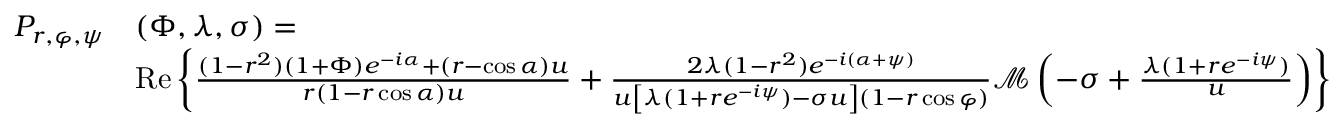
\begin{array} { r l } { P _ { r , \varphi , \psi } } & { ( \Phi , \lambda , \sigma ) = } \\ & { \mathrm { R e } \left\{ \frac { ( 1 - r ^ { 2 } ) ( 1 + \Phi ) e ^ { - i \alpha } + ( r - \cos \alpha ) u } { r ( 1 - r \cos \alpha ) u } + \frac { 2 \lambda ( 1 - r ^ { 2 } ) e ^ { - i ( \alpha + \psi ) } } { u \left[ \lambda ( 1 + r e ^ { - i \psi } ) - \sigma u \right] ( 1 - r \cos \varphi ) } \mathcal M \left( - \sigma + \frac { \lambda ( 1 + r e ^ { - i \psi } ) } { u } \right) \right\} } \end{array}